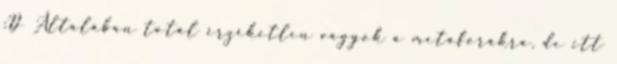
:D Általában totál érzéketlen vagyok a metaforákra, de itt